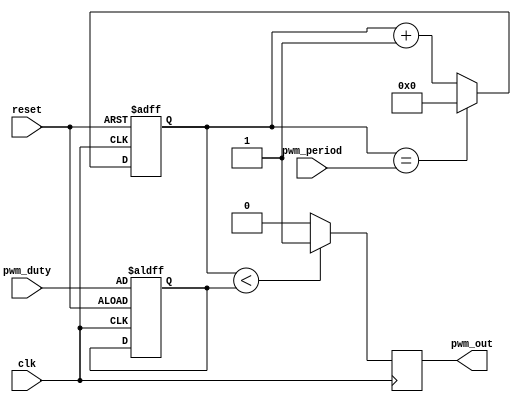
module PWM_timer (
    input wire clk,
    input wire reset,
    input wire [7:0] pwm_period,
    input wire [7:0] pwm_duty,
    output reg pwm_out
);

reg [7:0] counter;
reg [7:0] desired_width;

always @(posedge clk or posedge reset) begin
    if (reset) begin
        counter <= 8'd0;
        desired_width <= pwm_duty;
    end else begin
        if (counter == pwm_period) begin
            counter <= 8'd0;
        end else begin
            counter <= counter + 1;
        end
    end
end

always @(posedge clk) begin
    if (counter < desired_width) begin
        pwm_out <= 1'b1;
    end else begin
        pwm_out <= 1'b0;
    end
end

endmodule